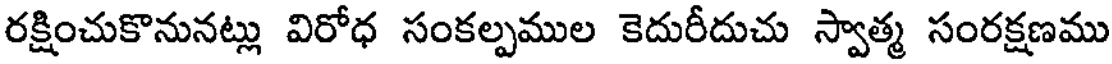
రక్షించుకొనునట్లు విరోధ సంకల్పముల కెదురీదుచు స్వాత్మ సంరక్షణము